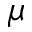
\mu